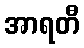
အာရတီ